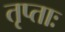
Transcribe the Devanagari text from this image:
तृप्ताः